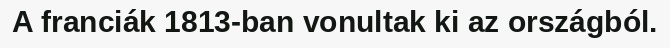
A franciák 1813-ban vonultak ki az országból.